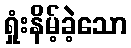
ရှုံးနိမ့်ခဲ့သော